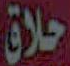
حلاق